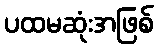
ပထမဆုံးအဖြစ်